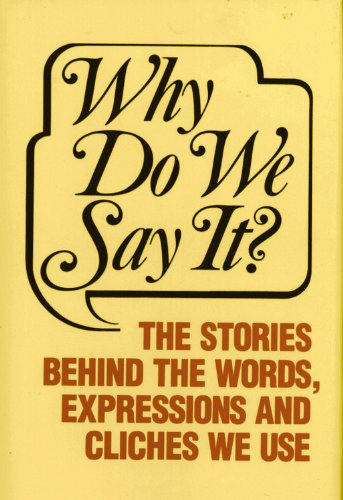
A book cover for Why Do We Say It?; Castle Books; Reference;